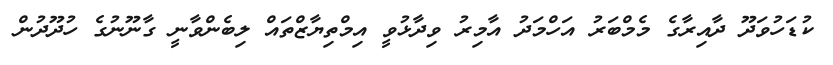
ކުޑަހުވަދޫ ދާއިރާގެ މެމްބަރު އަހްމަދު އާމިރު ވިދާޅުވީ އިމްތިޔާޒްތައް ލިބެންވާނީ ގާނޫނުގެ ހުދޫދުން